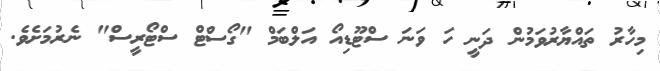
މިހާރު ތައްޔާރުވަމުން ދަނީ ހަ ވަނަ ސްޓޫޑިއޯ އަލްބަމް "ގޯސްޓް ސްޓޯރީސް" ނެރުމަށެވެ.